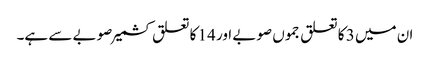
ان میں 3 کا تعلق جموں صوبے اور 14 کا تعلق کشمیر صوبے سے ہے۔